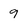
Character: 9